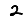
Digit: 2